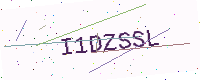
Text: I1DZSSL